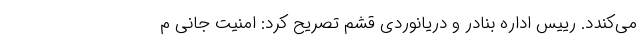
می‌کندد. رییس اداره بنادر و دریانوردی قشم تصریح کرد: امنیت جانی م